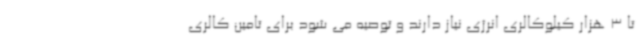
تا 3 هزار کیلوکالری انرژی نیاز دارند و توصیه می شود برای تامین کالری